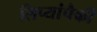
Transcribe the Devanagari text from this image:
लिप्यांपैकी